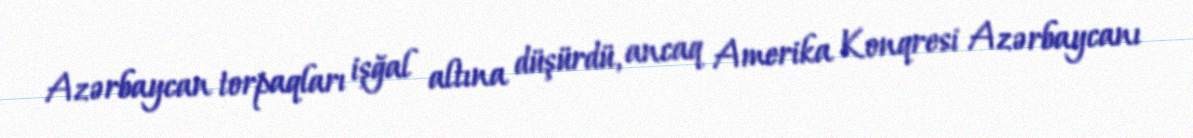
Azərbaycan torpaqları işğal altına düşürdü, ancaq Amerika Konqresi Azərbaycanı